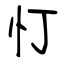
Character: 忊